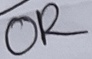
Text: OR